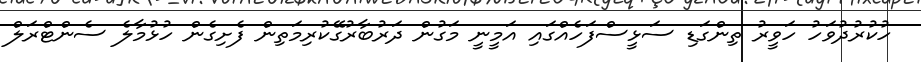
ހުކުރުދުވަހު ހަވީރު ތިންގަޑި ސަޅީސްފަހެއްގައި އަމީނީ މަގުން ދަރުބާރުގޭކުރިމަތިން ފެށިގެން ހުޅުމާލެ ސެންޓްރަލް